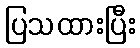
ပြသထားပြီး